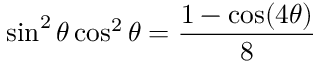
\sin ^ { 2 } \theta \cos ^ { 2 } \theta = { \frac { 1 - \cos ( 4 \theta ) } { 8 } }